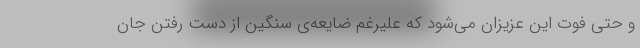
و حتی فوت این عزیزان می‌شود که علیرغم ضایعه‌ی سنگین از دست رفتن جان